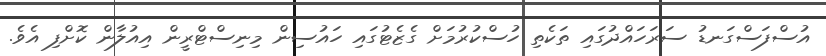
އުސްފަސްގަނޑު ސަރަހައްދުގައި ތަކެތި ހުސްކުރުމަށް ގެޒެޓުގައި ހައުސިން މިނިސްޓްރީން އިއުލާން ކޮށްފި އެވެ.